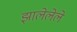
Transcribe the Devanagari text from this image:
झालेलेले